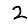
Digit: 2